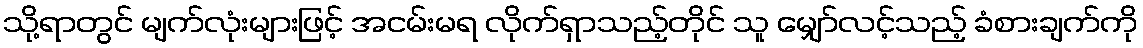
သို့ရာတွင် မျက်လုံးများဖြင့် အငမ်းမရ လိုက်ရှာသည့်တိုင် သူ မျှော်လင့်သည့် ခံစားချက်ကို